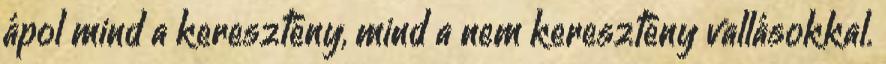
ápol mind a keresztény, mind a nem keresztény vallásokkal.